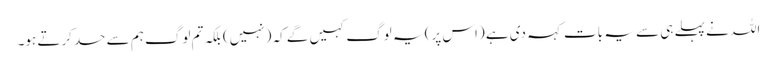
اللہ نے پہلے ہی سے یہ بات کہہ دی ہے (اس پر) یہ لوگ کہیں گے کہ (نہیں) بلکہ تم لوگ ہم سے حسد کرتے ہو۔